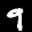
Label: 9